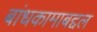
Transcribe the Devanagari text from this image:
बांधकामाबद्दल